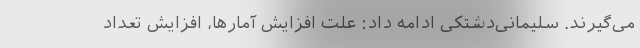
می‌گیرند. سلیمانی‌دشتکی ادامه داد: علت افزایش آمارها، افزایش تعداد